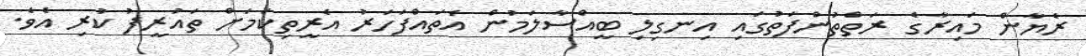
ރެޔާން މައިރާގެ ރަތްތުންފަތުގައި އިނގިލި ބީއްސާލަމުން އެތައްފަހަރު އެރީތިކަމަށް ތައުރީފު ކުރި އެވެ.